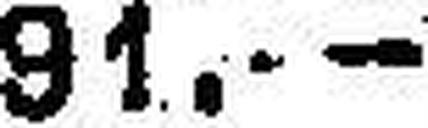
91.—